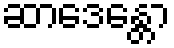
ဆာဒေန္တော